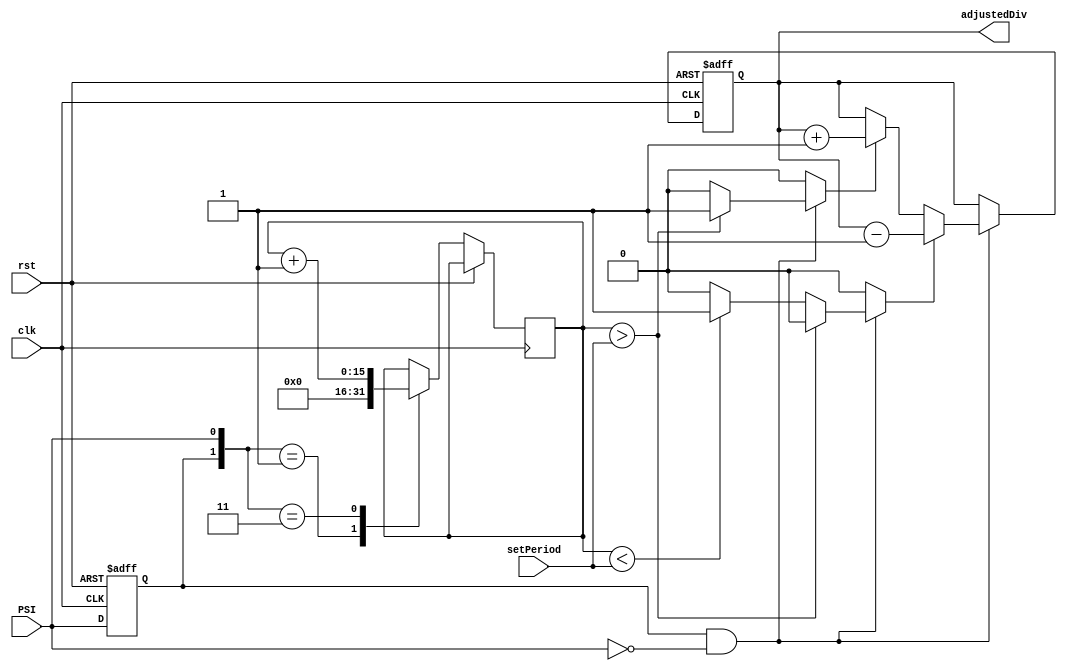
`timescale 1ns/1ns

module regulator(input clk, rst, PSI, input[7:0] setPeriod, output reg [7:0] adjustedDiv);
	reg PSI_CURR, flag_fall, flag_rise, flag_done;
	reg [15:0] data;
	always @(posedge clk, posedge rst) begin: do_something
		if(rst)
			PSI_CURR <= 1'b0;
		else begin
			case({PSI_CURR, PSI})
				2'b01: begin data <= 8'b00000000; end
				2'b11: begin data <= data + 1; end
			endcase
			PSI_CURR <= PSI;
		end
	end
	always @(PSI) begin: comparison
		{flag_rise, flag_fall} <= 2'b00;
		if(PSI_CURR && ~PSI) begin: hey
			if (data > setPeriod)
				flag_rise <= 1'b1;
			else if (data < setPeriod)
				flag_fall <= 1'b1;
			else
				flag_done <= 1'b1;
		end
	end
	always @(posedge clk, posedge rst) begin: inc_dec
		if(rst)
			adjustedDiv <= 8'd127;
		else if(PSI_CURR && ~PSI) begin
			if (flag_fall)
				adjustedDiv <= adjustedDiv - 1;
			else if (flag_rise)
				adjustedDiv <= adjustedDiv + 1;
		end
	end


endmodule